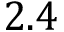
2 . 4